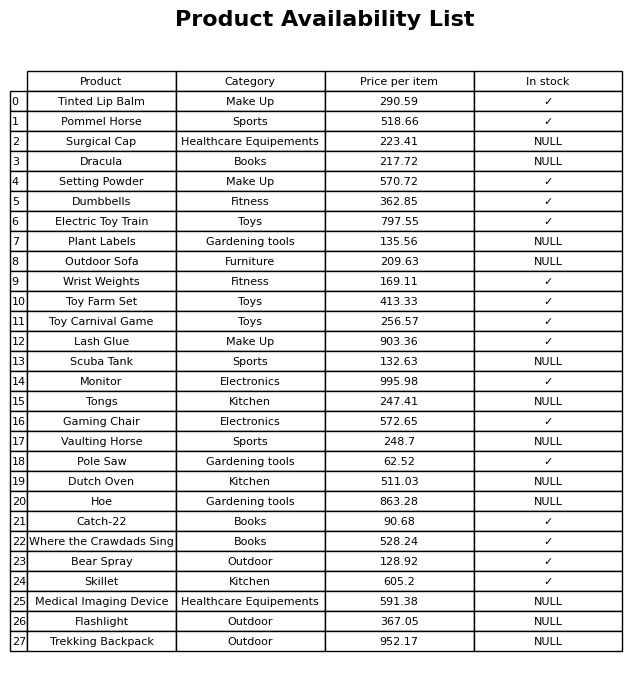
question: Which products are currently out of stock?
answer: Surgical Cap, Dracula, Plant Labels, Outdoor Sofa, Scuba Tank, Tongs, Vaulting Horse, Dutch Oven, Hoe, Medical Imaging Device, Flashlight, Trekking Backpack